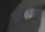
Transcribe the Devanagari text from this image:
पुस्तकान्ना